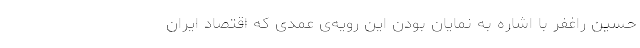
حسین راغفر با اشاره به نمایان بودن این رویه‌ی عمدی که اقتصاد ایران